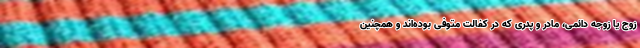
زوج یا زوجه دائمی، مادر و پدری که در کفالت متوفی بوده‌اند و همچنین